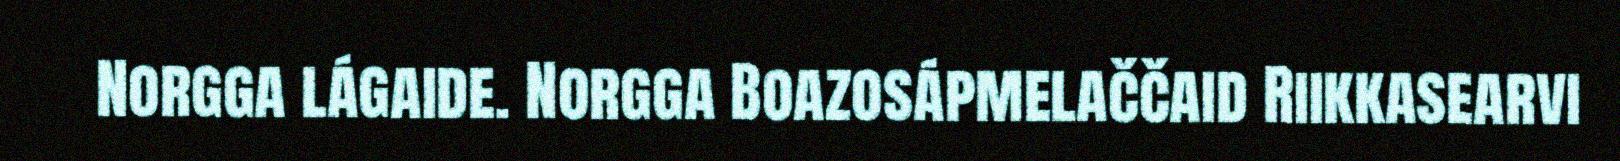
Norgga lágaide. Norgga Boazosápmelaččaid Riikkasearvi